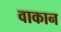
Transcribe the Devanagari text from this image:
वाकान